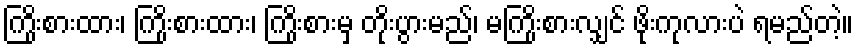
ကြိုးစားထား၊ ကြိုးစားထား၊ ကြိုးစားမှ တိုးပွားမည်၊ မကြိုးစားလျှင် ဖိုးကုလားပဲ ရမည်တဲ့။